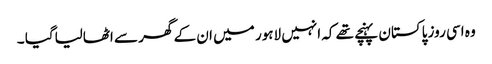
وہ اسی روز پاکستان پہنچے تھے کہ انہیں لاہور میں ان کے گھر سے اٹھالیاگیا ۔